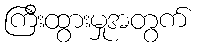
ကြီးထွားမှုအတွက်